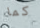
كما